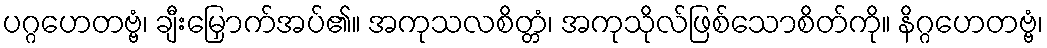
ပဂ္ဂဟေတဗ္ဗံ၊ ချီးမြှောက်အပ်၏။ အကုသလစိတ္တံ၊ အကုသိုလ်ဖြစ်သောစိတ်ကို။ နိဂ္ဂဟေတဗ္ဗံ၊